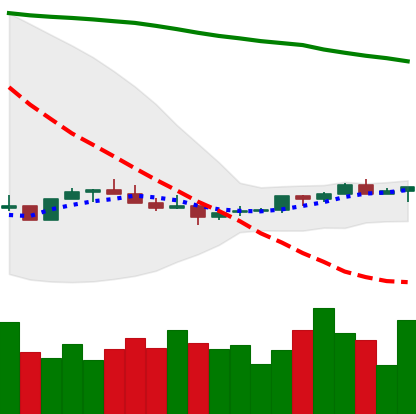
Ticker: XMR-USD
Chart end date: 2022-07-10
Forward return: 7.548%
Label: up_7plus